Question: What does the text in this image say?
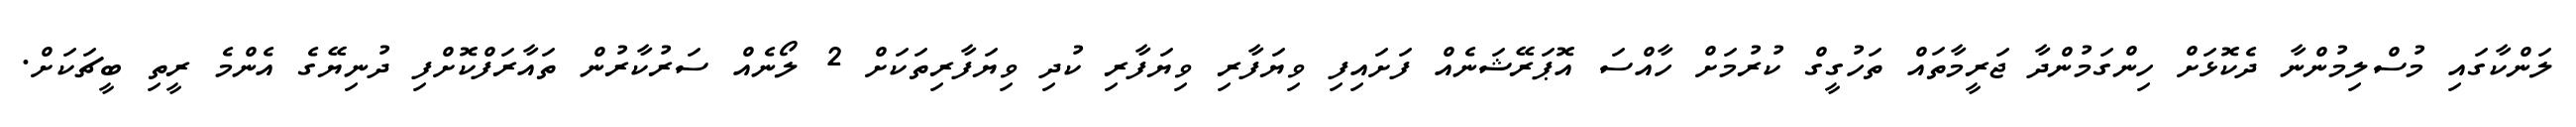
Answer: ލަންކާގައި މުސްލިމުންނާ ދެކޮޅަށް ހިންގަމުންދާ ޖަރީމާތައް ތަހުގީގް ކުރުމަށް ހާއްސަ އޮޕަރޭޝަނެއް ފަށައިފި ވިޔަފާރި ވިޔަފާރި ކުދި ވިޔަފާރިތަކަށް 2 ލޯނެއް ސަރުކާރުން ތައާރަފްކޮށްފި ދުނިޔޭގެ އެންމެ ރީތި ބީޗަކަށް.